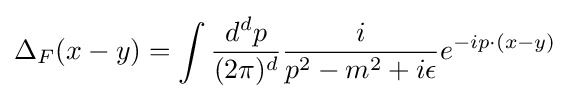
\Delta _{F}(x-y)=\int {\frac {d^{d}p}{(2\pi )^{d}}}{\frac {i}{p^{2}-m^{2}+i\epsilon }}e^{-ip\cdot (x-y)}